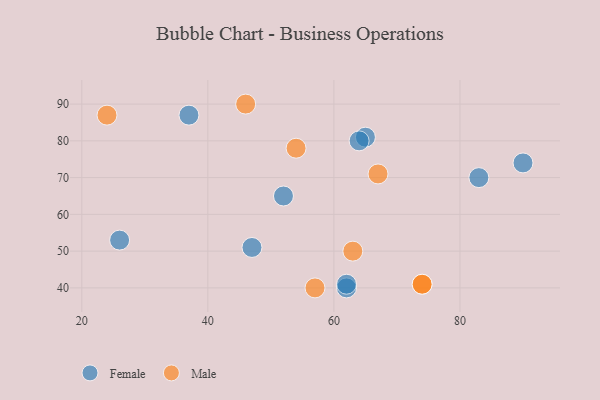
{"axis": {"x": "GDP", "y": "Life Expectancy"}, "legend": ["Female", "Male"], "data": [{"x": "62", "y": 40, "type": "Female"}, {"x": "65", "y": 81, "type": "Female"}, {"x": "83", "y": 70, "type": "Female"}, {"x": "26", "y": 53, "type": "Female"}, {"x": "64", "y": 80, "type": "Female"}, {"x": "37", "y": 87, "type": "Female"}, {"x": "90", "y": 74, "type": "Female"}, {"x": "47", "y": 51, "type": "Female"}, {"x": "52", "y": 65, "type": "Female"}, {"x": "62", "y": 41, "type": "Female"}, {"x": "67", "y": 71, "type": "Male"}, {"x": "46", "y": 90, "type": "Male"}, {"x": "74", "y": 41, "type": "Male"}, {"x": "57", "y": 40, "type": "Male"}, {"x": "24", "y": 87, "type": "Male"}, {"x": "74", "y": 41, "type": "Male"}, {"x": "63", "y": 50, "type": "Male"}, {"x": "54", "y": 78, "type": "Male"}]}